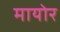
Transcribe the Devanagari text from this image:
मायोर